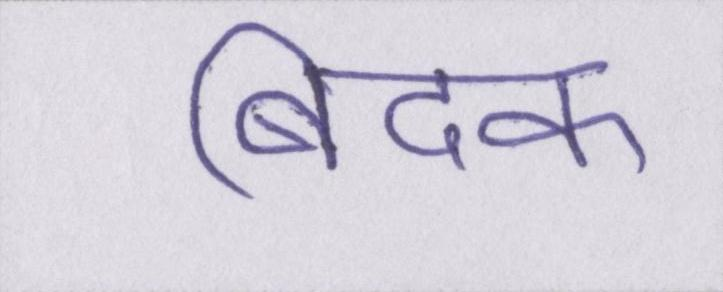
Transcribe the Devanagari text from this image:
बिदक